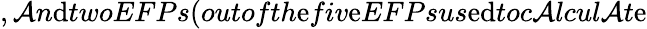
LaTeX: ,\mathcal{A}n\mathrm{d}twoEFPs(outofth\mathrm{e}fiv\mathrm{e}EFPsus\mathrm{e}\mathrm{d}toc\mathcal{A}lcul\mathcal{A}t\mathrm{e}